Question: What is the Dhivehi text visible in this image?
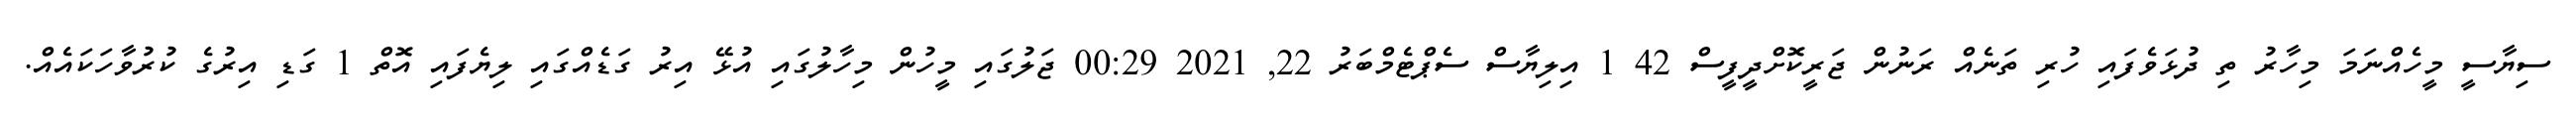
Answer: ސިޔާސީ މީހެއްނަމަ މިހާރު ތި ދުޅަވެފައި ހުރި ތަނެއް ރަނުން ޖަރީކޮށްދީފީސް 42 1 އިލިޔާސް ސެޕްޓެމްބަރު 22, 2021 00:29 ޖަލުގައި މީހުން މިހާލުގައި އުޅޭ އިރު ގަޑެއްގައި ލިޔެފައި އޮތް 1 ގަޑި އިރުގެ ކުރުވާހަކައެއް.